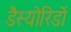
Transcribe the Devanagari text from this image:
डैस्योरिडों